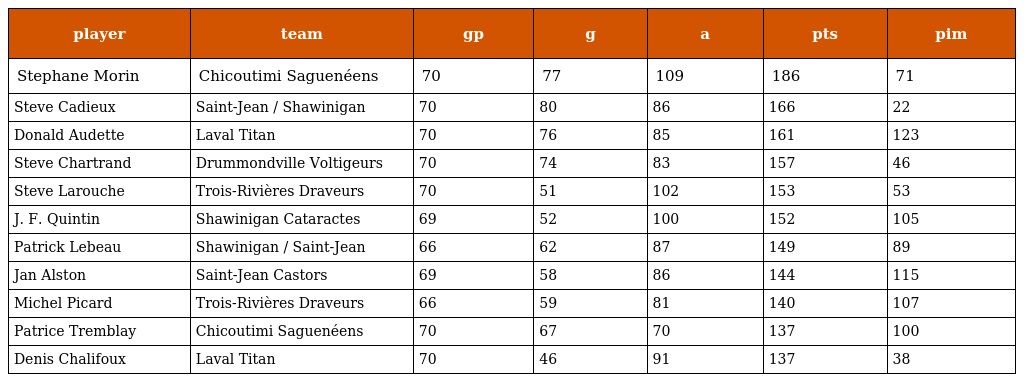
| player | team | gp | g | a | pts | pim |
 | --- | --- | --- | --- | --- | --- | --- |
 | Stephane Morin | Chicoutimi Saguenéens | 70 | 77 | 109 | 186 | 71 |
 | Steve Cadieux | Saint-Jean / Shawinigan | 70 | 80 | 86 | 166 | 22 |
 | Donald Audette | Laval Titan | 70 | 76 | 85 | 161 | 123 |
 | Steve Chartrand | Drummondville Voltigeurs | 70 | 74 | 83 | 157 | 46 |
 | Steve Larouche | Trois-Rivières Draveurs | 70 | 51 | 102 | 153 | 53 |
 | J. F. Quintin | Shawinigan Cataractes | 69 | 52 | 100 | 152 | 105 |
 | Patrick Lebeau | Shawinigan / Saint-Jean | 66 | 62 | 87 | 149 | 89 |
 | Jan Alston | Saint-Jean Castors | 69 | 58 | 86 | 144 | 115 |
 | Michel Picard | Trois-Rivières Draveurs | 66 | 59 | 81 | 140 | 107 |
 | Patrice Tremblay | Chicoutimi Saguenéens | 70 | 67 | 70 | 137 | 100 |
 | Denis Chalifoux | Laval Titan | 70 | 46 | 91 | 137 | 38 |